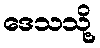
ဒေသသို့